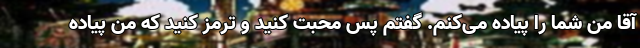
آقا من شما را پیاده می‌کنم. گفتم پس محبت کنید و ترمز کنید که من پیاده